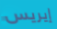
إيريس